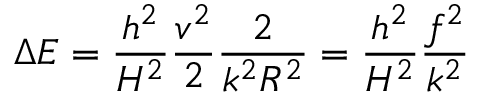
\Delta { \cal E } = \frac { h ^ { 2 } } { H ^ { 2 } } \frac { v ^ { 2 } } { 2 } \frac { 2 } { k ^ { 2 } R ^ { 2 } } = \frac { h ^ { 2 } } { H ^ { 2 } } \frac { f ^ { 2 } } { k ^ { 2 } }